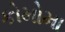
કોમોમા